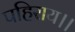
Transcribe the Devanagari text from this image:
पहिराय।।